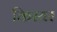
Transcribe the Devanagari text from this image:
किरयर